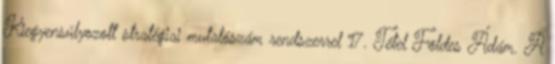
Kiegyensúlyozott stratégiai mutatószám rendszerrel 17. Tétel Földes Ádám. A